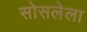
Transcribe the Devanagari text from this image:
सोसलेला